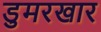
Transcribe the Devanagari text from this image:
डुमरखार